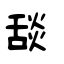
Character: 舕